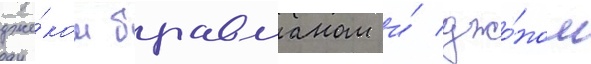
дже́ком бравманом и́ джо́ном